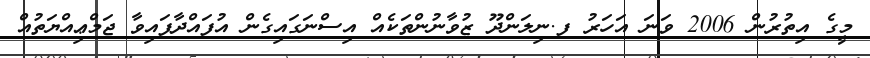
މީގެ އިތުރުން 2006 ވަނަ އަހަރު ފ.ނިލަންދޫ ޒުވާނުންތަކެއް އިސްނަގައިގެން އުފައްދާފައިވާ ޖަމްޢިއްޔަތުއް